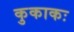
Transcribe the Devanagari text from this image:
कुकाकः